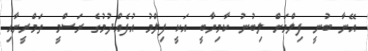
އޭނާ ބުނީ ފިލްމަށް ލިބުނު ކާމިޔާބީ އަކީ ފިލްމު އުފެއްދުމުގެ ރަސްމީ ތަމްރީނާއި